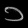
Digit: ၁